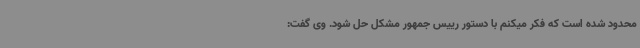
محدود شده است که فکر میکنم با دستور رییس جمهور مشکل حل شود. وی گفت: